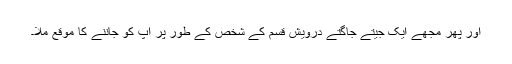
اور پھر مجھے ایک جیتے جاگتے درویش قسم کے شخص کے طور پر آپ کو جاننے کا موقع ملا۔